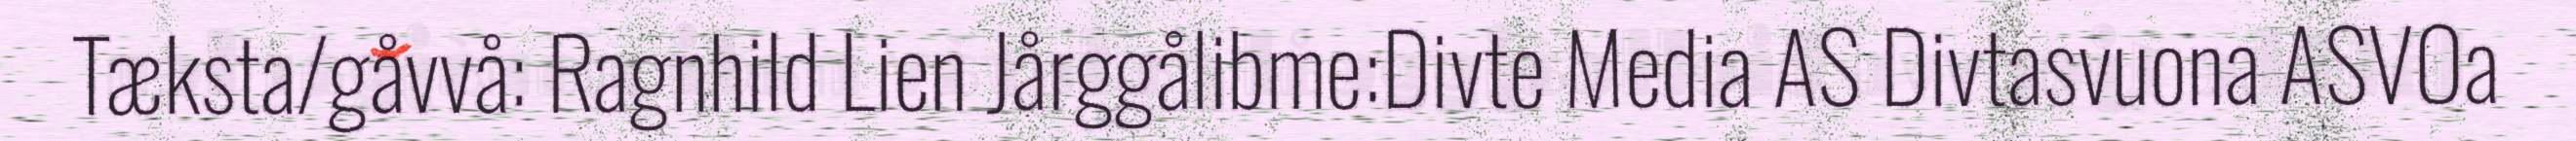
Tæksta/gåvvå: Ragnhild Lien Jårggålibme:Divte Media AS Divtasvuona ASVOa